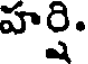
హర్షి.